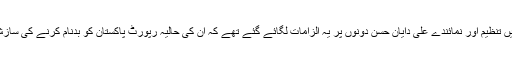
حال میں تنظیم اور نمائندے علی دایان حسن دونوں پر یہ الزامات لگائے گئے تھے کہ ان کی حالیہ رپورٹ پاکستان کو بدنام کرنے کی سازش ہے۔